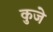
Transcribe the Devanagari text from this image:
कुजे